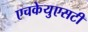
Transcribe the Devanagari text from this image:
एचकेयुएसटी